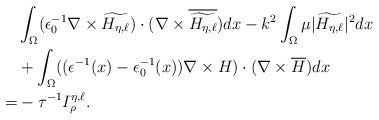
LaTeX: \begin{align*} & \int_{\Omega}(\epsilon_{0}^{-1}\nabla\times\widetilde{H_{\eta,\ell}})\cdot(\nabla\times\overline{\widetilde{H_{\eta,\ell}}})dx-k^{2}\int_{\Omega}\mu|\widetilde{H_{\eta,\ell}}|^{2}dx\\ & +\int_{\Omega}((\epsilon^{-1}(x)-\epsilon_{0}^{-1}(x))\nabla\times H)\cdot(\nabla\times\overline{H})dx \\= & -\tau^{-1}I_{\rho}^{\eta,\ell}. \end{align*}